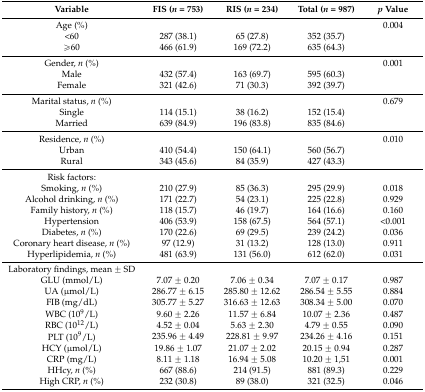
<table><thead><tr><td><b>Variable</b></td><td><b>FIS (<i>n</i> = 753)</b></td><td><b>RIS (<i>n</i> = 234)</b></td><td><b>Total (<i>n</i> = 987)</b></td><td><b><i>p</i> Value</b></td></tr></thead><tbody><tr><td>Age (%)</td><td></td><td></td><td></td><td>0.004</td></tr><tr><td>&lt;60</td><td>287 (38.1)</td><td>65 (27.8)</td><td>352 (35.7)</td><td></td></tr><tr><td>≥60</td><td>466 (61.9)</td><td>169 (72.2)</td><td>635 (64.3)</td><td></td></tr><tr><td>Gender, <i>n</i> (%)</td><td></td><td></td><td></td><td>0.001</td></tr><tr><td>Male</td><td>432 (57.4)</td><td>163 (69.7)</td><td>595 (60.3)</td><td></td></tr><tr><td>Female</td><td>321 (42.6)</td><td>71 (30.3)</td><td>392 (39.7)</td><td></td></tr><tr><td>Marital status, <i>n</i> (%)</td><td></td><td></td><td></td><td>0.679</td></tr><tr><td>Single</td><td>114 (15.1)</td><td>38 (16.2)</td><td>152 (15.4)</td><td></td></tr><tr><td>Married</td><td>639 (84.9)</td><td>196 (83.8)</td><td>835 (84.6)</td><td></td></tr><tr><td>Residence, <i>n</i> (%)</td><td></td><td></td><td></td><td>0.010</td></tr><tr><td>Urban</td><td>410 (54.4)</td><td>150 (64.1)</td><td>560 (56.7)</td><td></td></tr><tr><td>Rural</td><td>343 (45.6)</td><td>84 (35.9)</td><td>427 (43.3)</td><td></td></tr><tr><td>Risk factors:</td><td></td><td></td><td></td><td></td></tr><tr><td>Smoking, <i>n</i> (%)</td><td>210 (27.9)</td><td>85 (36.3)</td><td>295 (29.9)</td><td>0.018</td></tr><tr><td>Alcohol drinking, <i>n</i> (%)</td><td>171 (22.7)</td><td>54 (23.1)</td><td>225 (22.8)</td><td>0.929</td></tr><tr><td>Family history, <i>n</i> (%)</td><td>118 (15.7)</td><td>46 (19.7)</td><td>164 (16.6)</td><td>0.160</td></tr><tr><td>Hypertension</td><td>406 (53.9)</td><td>158 (67.5)</td><td>564 (57.1)</td><td>&lt;0.001</td></tr><tr><td>Diabetes, <i>n</i> (%)</td><td>170 (22.6)</td><td>69 (29.5)</td><td>239 (24.2)</td><td>0.036</td></tr><tr><td>Coronary heart disease, <i>n</i> (%)</td><td>97 (12.9)</td><td>31 (13.2)</td><td>128 (13.0)</td><td>0.911</td></tr><tr><td>Hyperlipidemia, <i>n</i> (%)</td><td>481 (63.9)</td><td>131 (56.0)</td><td>612 (62.0)</td><td>0.031</td></tr><tr><td>Laboratory findings, mean ± SD</td><td></td><td></td><td></td><td></td></tr><tr><td>GLU (mmol/L)</td><td>7.07 ± 0.20</td><td>7.06 ± 0.34</td><td>7.07 ± 0.17</td><td>0.987</td></tr><tr><td>UA (μmol/L)</td><td>286.77 ± 6.15</td><td>285.80 ± 12.62</td><td>286.54 ± 5.55</td><td>0.884</td></tr><tr><td>FIB (mg/dL)</td><td>305.77 ± 5.27</td><td>316.63 ± 12.63</td><td>308.34 ± 5.00</td><td>0.070</td></tr><tr><td>WBC (10<sup>9</sup>/L)</td><td>9.60 ± 2.26</td><td>11.57 ± 6.84</td><td>10.07 ± 2.36</td><td>0.487</td></tr><tr><td>RBC (10<sup>12</sup>/L)</td><td>4.52 ± 0.04</td><td>5.63 ± 2.30</td><td>4.79 ± 0.55</td><td>0.090</td></tr><tr><td>PLT (10<sup>9</sup>/L)</td><td>235.96 ± 4.49</td><td>228.81 ± 9.97</td><td>234.26 ± 4.16</td><td>0.151</td></tr><tr><td>HCY (μmol/L)</td><td>19.86 ± 1.07</td><td>21.07 ± 2.02</td><td>20.15 ± 0.94</td><td>0.287</td></tr><tr><td>CRP (mg/L)</td><td>8.11 ± 1.18</td><td>16.94 ± 5.08</td><td>10.20 ± 1,51</td><td>0.001</td></tr><tr><td>HHcy, <i>n</i> (%)</td><td>667 (88.6)</td><td>214 (91.5)</td><td>881 (89.3)</td><td>0.229</td></tr><tr><td>High CRP, <i>n</i> (%)</td><td>232 (30.8)</td><td>89 (38.0)</td><td>321 (32.5)</td><td>0.046</td></tr></tbody></table>